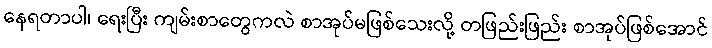
နေရတာပါ၊ ရေးပြီး ကျမ်းစာတွေကလဲ စာအုပ်မဖြစ်သေးလို့ တဖြည်းဖြည်း စာအုပ်ဖြစ်အောင်